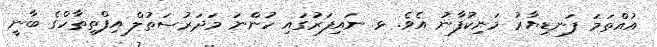
އުއްތަމަ ފަނޑިޔާރު މަނިކުފާނު އެވެ. ޅ. ނައިފަރުގައި ހުންނަ މަދަރުސަތުލް އިފްތިތާހްގެ ބާނީ